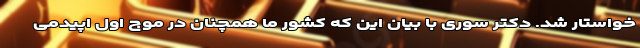
خواستار شد. دکتر سوری با بیان این که کشور ما همچنان در موج اول اپیدمی